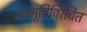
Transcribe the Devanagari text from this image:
भवभूतिविरचित